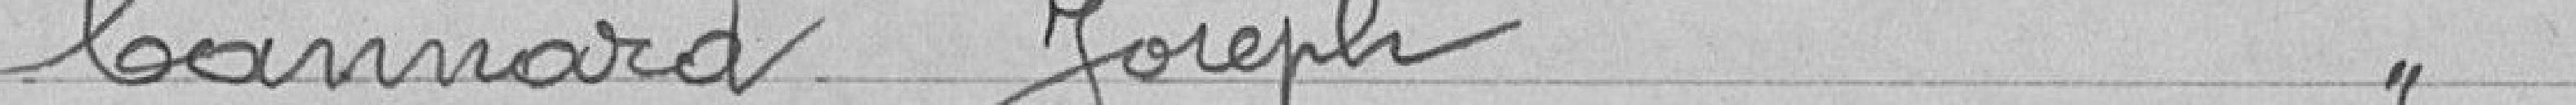
Cannard Joseph "